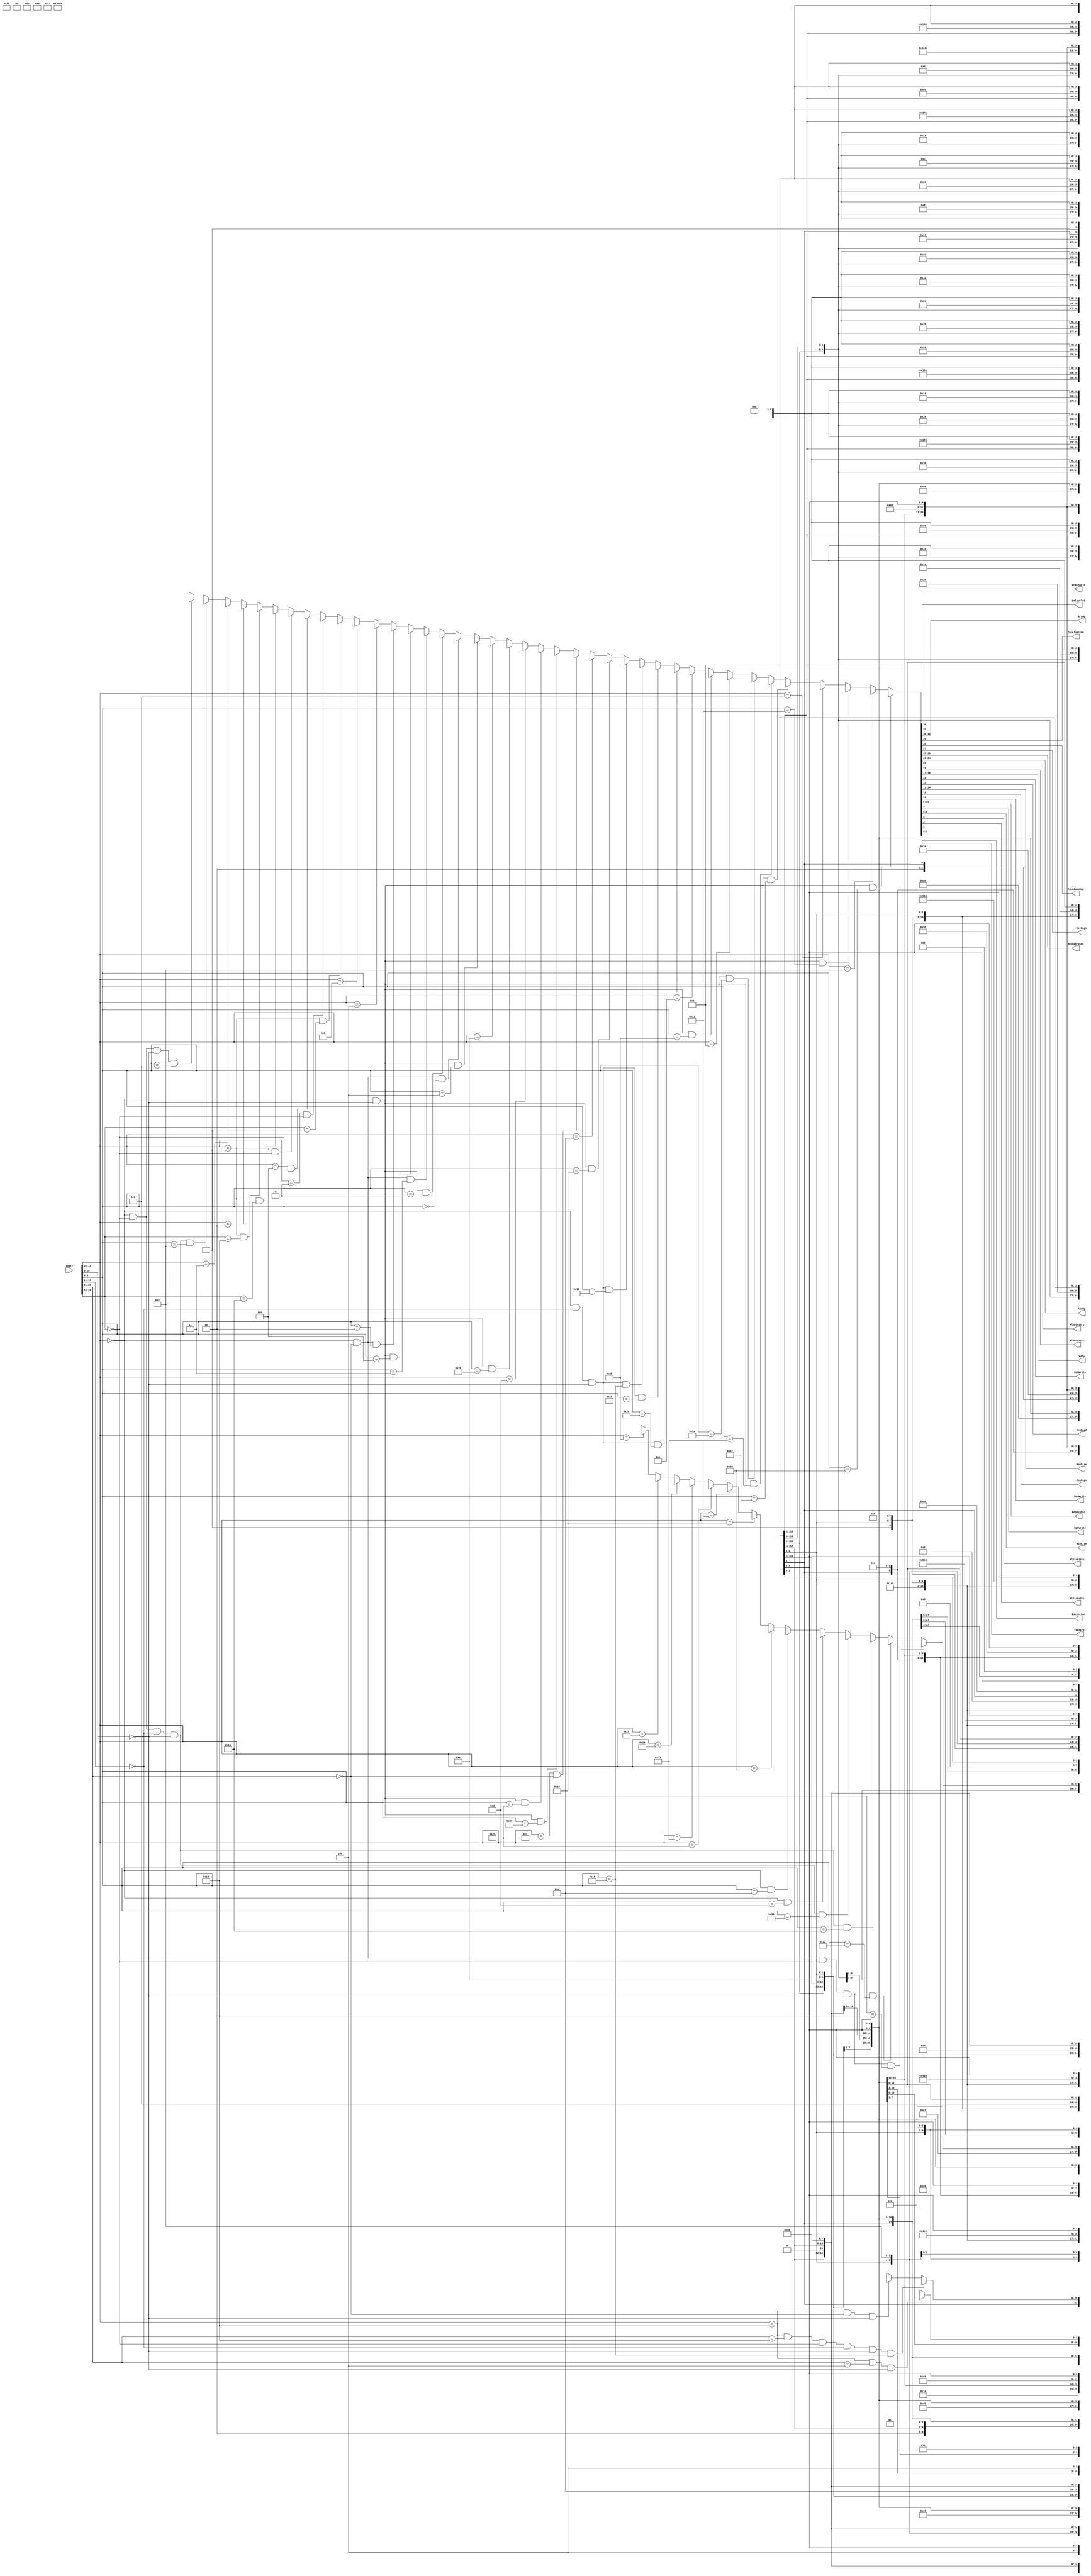
// This file is automatically generated by Script.py.

module Control(
    input  [31:0] instr,
    output        DelaySlot,
    output        BraEnable,
    output [ 2:0] BraOp,
    output        TakeJumpImm,
    output        TakeJumpReg,
    output        ExtSign,
    output [ 1:0] RegAddr3Src,
    output [ 3:0] AluOp,
    output        AluDin1Src,
    output        AluDin2Src,
    output [ 1:0] MdOp,
    output        MemWrite,
    output        MemRead,
    output [ 1:0] MemSize,
    output        MemSign,
    output        RegWrite,
    output [ 2:0] RegDinSrc,
    output        Cp0Write,
    output [ 1:0] HlWrite,
    output        HlDinHiSrc,
    output        HlDinLoSrc,
    output        TakeEret,
    output [ 1:0] Exception
);
    assign {DelaySlot, BraEnable, BraOp, TakeJumpImm, TakeJumpReg, ExtSign, RegAddr3Src, AluOp, AluDin1Src, AluDin2Src, MdOp, MemWrite, MemRead, MemSize, MemSign, RegWrite, RegDinSrc, Cp0Write, HlWrite, HlDinHiSrc, HlDinLoSrc, TakeEret, Exception} =
        instr[31:26] == 6'b000000                                                                                     && instr[10:6] == 5'b00000 && instr[5:0] == 6'b100000 ? 35'b0_0_XXX_0_0_X_00_0000_0_0_XX_0_0_XX_X_1_000_0_00_X_X_0_00 : // add
        instr[31:26] == 6'b001000                                                                                                                                           ? 35'b0_0_XXX_0_0_1_01_0000_0_1_XX_0_0_XX_X_1_000_0_00_X_X_0_00 : // addi
        instr[31:26] == 6'b000000                                                                                     && instr[10:6] == 5'b00000 && instr[5:0] == 6'b100001 ? 35'b0_0_XXX_0_0_X_00_0001_0_0_XX_0_0_XX_X_1_000_0_00_X_X_0_00 : // addu
        instr[31:26] == 6'b001001                                                                                                                                           ? 35'b0_0_XXX_0_0_1_01_0001_0_1_XX_0_0_XX_X_1_000_0_00_X_X_0_00 : // addiu
        instr[31:26] == 6'b000000                                                                                     && instr[10:6] == 5'b00000 && instr[5:0] == 6'b100010 ? 35'b0_0_XXX_0_0_X_00_0010_0_0_XX_0_0_XX_X_1_000_0_00_X_X_0_00 : // sub
        instr[31:26] == 6'b000000                                                                                     && instr[10:6] == 5'b00000 && instr[5:0] == 6'b100011 ? 35'b0_0_XXX_0_0_X_00_0011_0_0_XX_0_0_XX_X_1_000_0_00_X_X_0_00 : // subu
        instr[31:26] == 6'b000000                                                                                     && instr[10:6] == 5'b00000 && instr[5:0] == 6'b101010 ? 35'b0_0_XXX_0_0_X_00_0100_0_0_XX_0_0_XX_X_1_000_0_00_X_X_0_00 : // slt
        instr[31:26] == 6'b001010                                                                                                                                           ? 35'b0_0_XXX_0_0_1_01_0100_0_1_XX_0_0_XX_X_1_000_0_00_X_X_0_00 : // slti
        instr[31:26] == 6'b000000                                                                                     && instr[10:6] == 5'b00000 && instr[5:0] == 6'b101011 ? 35'b0_0_XXX_0_0_X_00_0101_0_0_XX_0_0_XX_X_1_000_0_00_X_X_0_00 : // sltu
        instr[31:26] == 6'b001011                                                                                                                                           ? 35'b0_0_XXX_0_0_1_01_0101_0_1_XX_0_0_XX_X_1_000_0_00_X_X_0_00 : // sltiu
        instr[31:26] == 6'b000000                                                         && instr[15:11] == 5'b00000 && instr[10:6] == 5'b00000 && instr[5:0] == 6'b011010 ? 35'b0_0_XXX_0_0_X_XX_1110_X_X_00_0_0_XX_X_0_XXX_0_11_0_0_0_00 : // div
        instr[31:26] == 6'b000000                                                         && instr[15:11] == 5'b00000 && instr[10:6] == 5'b00000 && instr[5:0] == 6'b011011 ? 35'b0_0_XXX_0_0_X_XX_1110_X_X_01_0_0_XX_X_0_XXX_0_11_0_0_0_00 : // divu
        instr[31:26] == 6'b000000                                                         && instr[15:11] == 5'b00000 && instr[10:6] == 5'b00000 && instr[5:0] == 6'b011000 ? 35'b0_0_XXX_0_0_X_XX_1110_X_X_10_0_0_XX_X_0_XXX_0_11_0_0_0_00 : // mult
        instr[31:26] == 6'b000000                                                         && instr[15:11] == 5'b00000 && instr[10:6] == 5'b00000 && instr[5:0] == 6'b011001 ? 35'b0_0_XXX_0_0_X_XX_1110_X_X_11_0_0_XX_X_0_XXX_0_11_0_0_0_00 : // multu
        instr[31:26] == 6'b000000                                                                                     && instr[10:6] == 5'b00000 && instr[5:0] == 6'b100100 ? 35'b0_0_XXX_0_0_X_00_0110_0_0_XX_0_0_XX_X_1_000_0_00_X_X_0_00 : // and
        instr[31:26] == 6'b001100                                                                                                                                           ? 35'b0_0_XXX_0_0_0_01_0110_0_1_XX_0_0_XX_X_1_000_0_00_X_X_0_00 : // andi
        instr[31:26] == 6'b001111 && instr[25:21] == 5'b00000                                                                                                               ? 35'b0_0_XXX_0_0_X_01_0111_X_1_XX_0_0_XX_X_1_000_0_00_X_X_0_00 : // lui
        instr[31:26] == 6'b000000                                                                                     && instr[10:6] == 5'b00000 && instr[5:0] == 6'b100111 ? 35'b0_0_XXX_0_0_X_00_1000_0_0_XX_0_0_XX_X_1_000_0_00_X_X_0_00 : // nor
        instr[31:26] == 6'b000000                                                                                     && instr[10:6] == 5'b00000 && instr[5:0] == 6'b100101 ? 35'b0_0_XXX_0_0_X_00_1001_0_0_XX_0_0_XX_X_1_000_0_00_X_X_0_00 : // or
        instr[31:26] == 6'b001101                                                                                                                                           ? 35'b0_0_XXX_0_0_0_01_1001_0_1_XX_0_0_XX_X_1_000_0_00_X_X_0_00 : // ori
        instr[31:26] == 6'b000000                                                                                     && instr[10:6] == 5'b00000 && instr[5:0] == 6'b100110 ? 35'b0_0_XXX_0_0_X_00_1010_0_0_XX_0_0_XX_X_1_000_0_00_X_X_0_00 : // xor
        instr[31:26] == 6'b001110                                                                                                                                           ? 35'b0_0_XXX_0_0_0_01_1010_0_1_XX_0_0_XX_X_1_000_0_00_X_X_0_00 : // xori
        instr[31:26] == 6'b000000                                                                                     && instr[10:6] == 5'b00000 && instr[5:0] == 6'b000100 ? 35'b0_0_XXX_0_0_X_00_1011_0_0_XX_0_0_XX_X_1_000_0_00_X_X_0_00 : // sllv
        instr[31:26] == 6'b000000 && instr[25:21] == 5'b00000                                                                                    && instr[5:0] == 6'b000000 ? 35'b0_0_XXX_0_0_X_00_1011_1_0_XX_0_0_XX_X_1_000_0_00_X_X_0_00 : // sll
        instr[31:26] == 6'b000000                                                                                     && instr[10:6] == 5'b00000 && instr[5:0] == 6'b000111 ? 35'b0_0_XXX_0_0_X_00_1100_0_0_XX_0_0_XX_X_1_000_0_00_X_X_0_00 : // srav
        instr[31:26] == 6'b000000 && instr[25:21] == 5'b00000                                                                                    && instr[5:0] == 6'b000011 ? 35'b0_0_XXX_0_0_X_00_1100_1_0_XX_0_0_XX_X_1_000_0_00_X_X_0_00 : // sra
        instr[31:26] == 6'b000000                                                                                     && instr[10:6] == 5'b00000 && instr[5:0] == 6'b000110 ? 35'b0_0_XXX_0_0_X_00_1101_0_0_XX_0_0_XX_X_1_000_0_00_X_X_0_00 : // srlv
        instr[31:26] == 6'b000000 && instr[25:21] == 5'b00000                                                                                    && instr[5:0] == 6'b000010 ? 35'b0_0_XXX_0_0_X_00_1101_1_0_XX_0_0_XX_X_1_000_0_00_X_X_0_00 : // srl
        instr[31:26] == 6'b000100                                                                                                                                           ? 35'b1_1_000_0_0_1_XX_1110_X_X_XX_0_0_XX_X_0_XXX_0_00_X_X_0_00 : // beq
        instr[31:26] == 6'b000101                                                                                                                                           ? 35'b1_1_001_0_0_1_XX_1110_X_X_XX_0_0_XX_X_0_XXX_0_00_X_X_0_00 : // bne
        instr[31:26] == 6'b000001                             && instr[20:16] == 5'b00001                                                                                   ? 35'b1_1_010_0_0_1_XX_1110_X_X_XX_0_0_XX_X_0_XXX_0_00_X_X_0_00 : // bgez
        instr[31:26] == 6'b000111                             && instr[20:16] == 5'b00000                                                                                   ? 35'b1_1_011_0_0_1_XX_1110_X_X_XX_0_0_XX_X_0_XXX_0_00_X_X_0_00 : // bgtz
        instr[31:26] == 6'b000110                             && instr[20:16] == 5'b00000                                                                                   ? 35'b1_1_100_0_0_1_XX_1110_X_X_XX_0_0_XX_X_0_XXX_0_00_X_X_0_00 : // blez
        instr[31:26] == 6'b000001                             && instr[20:16] == 5'b00000                                                                                   ? 35'b1_1_101_0_0_1_XX_1110_X_X_XX_0_0_XX_X_0_XXX_0_00_X_X_0_00 : // bltz
        instr[31:26] == 6'b000001                             && instr[20:16] == 5'b10001                                                                                   ? 35'b1_1_010_0_0_1_10_1110_X_X_XX_0_0_XX_X_1_001_0_00_X_X_0_00 : // bgezal
        instr[31:26] == 6'b000001                             && instr[20:16] == 5'b10000                                                                                   ? 35'b1_1_101_0_0_1_10_1110_X_X_XX_0_0_XX_X_1_001_0_00_X_X_0_00 : // bltzal
        instr[31:26] == 6'b000010                                                                                                                                           ? 35'b1_0_XXX_1_0_X_XX_1110_X_X_XX_0_0_XX_X_0_XXX_0_00_X_X_0_00 : // j
        instr[31:26] == 6'b000011                                                                                                                                           ? 35'b1_0_XXX_1_0_X_10_1110_X_X_XX_0_0_XX_X_1_001_0_00_X_X_0_00 : // jal
        instr[31:26] == 6'b000000                             && instr[20:16] == 5'b00000 && instr[15:11] == 5'b00000 && instr[10:6] == 5'b00000 && instr[5:0] == 6'b001000 ? 35'b1_0_XXX_0_1_X_XX_1110_X_X_XX_0_0_XX_X_0_XXX_0_00_X_X_0_00 : // jr
        instr[31:26] == 6'b000000                             && instr[20:16] == 5'b00000                             && instr[10:6] == 5'b00000 && instr[5:0] == 6'b001001 ? 35'b1_0_XXX_0_1_X_00_1110_X_X_XX_0_0_XX_X_1_001_0_00_X_X_0_00 : // jalr
        instr[31:26] == 6'b000000 && instr[25:21] == 5'b00000 && instr[20:16] == 5'b00000                             && instr[10:6] == 5'b00000 && instr[5:0] == 6'b010000 ? 35'b0_0_XXX_0_0_X_00_1110_X_X_XX_0_0_XX_X_1_010_0_00_X_X_0_00 : // mfhi
        instr[31:26] == 6'b000000 && instr[25:21] == 5'b00000 && instr[20:16] == 5'b00000                             && instr[10:6] == 5'b00000 && instr[5:0] == 6'b010010 ? 35'b0_0_XXX_0_0_X_00_1110_X_X_XX_0_0_XX_X_1_011_0_00_X_X_0_00 : // mflo
        instr[31:26] == 6'b000000                             && instr[20:16] == 5'b00000 && instr[15:11] == 5'b00000 && instr[10:6] == 5'b00000 && instr[5:0] == 6'b010001 ? 35'b0_0_XXX_0_0_X_XX_1110_X_X_XX_0_0_XX_X_0_XXX_0_10_1_X_0_00 : // mthi
        instr[31:26] == 6'b000000                             && instr[20:16] == 5'b00000 && instr[15:11] == 5'b00000 && instr[10:6] == 5'b00000 && instr[5:0] == 6'b010011 ? 35'b0_0_XXX_0_0_X_XX_1110_X_X_XX_0_0_XX_X_0_XXX_0_01_X_1_0_00 : // mtlo
        instr[31:26] == 6'b000000                                                                                                                && instr[5:0] == 6'b001101 ? 35'b0_0_XXX_0_0_X_XX_1110_X_X_XX_0_0_XX_X_0_XXX_0_00_X_X_0_01 : // break
        instr[31:26] == 6'b000000                                                                                                                && instr[5:0] == 6'b001100 ? 35'b0_0_XXX_0_0_X_XX_1110_X_X_XX_0_0_XX_X_0_XXX_0_00_X_X_0_10 : // syscall
        instr[31:26] == 6'b100000                                                                                                                                           ? 35'b0_0_XXX_0_0_1_01_0001_0_1_XX_0_1_00_1_1_100_0_00_X_X_0_00 : // lb
        instr[31:26] == 6'b100100                                                                                                                                           ? 35'b0_0_XXX_0_0_1_01_0001_0_1_XX_0_1_00_0_1_100_0_00_X_X_0_00 : // lbu
        instr[31:26] == 6'b100001                                                                                                                                           ? 35'b0_0_XXX_0_0_1_01_0001_0_1_XX_0_1_01_1_1_100_0_00_X_X_0_00 : // lh
        instr[31:26] == 6'b100101                                                                                                                                           ? 35'b0_0_XXX_0_0_1_01_0001_0_1_XX_0_1_01_0_1_100_0_00_X_X_0_00 : // lhu
        instr[31:26] == 6'b100011                                                                                                                                           ? 35'b0_0_XXX_0_0_1_01_0001_0_1_XX_0_1_10_X_1_100_0_00_X_X_0_00 : // lw
        instr[31:26] == 6'b101000                                                                                                                                           ? 35'b0_0_XXX_0_0_1_XX_0001_0_1_XX_1_0_00_X_0_XXX_0_00_X_X_0_00 : // sb
        instr[31:26] == 6'b101001                                                                                                                                           ? 35'b0_0_XXX_0_0_1_XX_0001_0_1_XX_1_0_01_X_0_XXX_0_00_X_X_0_00 : // sh
        instr[31:26] == 6'b101011                                                                                                                                           ? 35'b0_0_XXX_0_0_1_XX_0001_0_1_XX_1_0_10_X_0_XXX_0_00_X_X_0_00 : // sw
        instr[31:26] == 6'b010000 && instr[25:21] == 5'b10000 && instr[20:16] == 5'b00000 && instr[15:11] == 5'b00000 && instr[10:6] == 5'b00000 && instr[5:0] == 6'b011000 ? 35'b0_0_XXX_0_0_X_XX_1110_X_X_XX_0_0_XX_X_0_XXX_0_00_X_X_1_00 : // eret
        instr[31:26] == 6'b010000 && instr[25:21] == 5'b00000                                                         && instr[10:6] == 5'b00000                            ? 35'b0_0_XXX_0_0_X_01_1110_X_X_XX_0_0_XX_X_1_101_0_00_X_X_0_00 : // mfc0
        instr[31:26] == 6'b010000 && instr[25:21] == 5'b00100                                                         && instr[10:6] == 5'b00000                            ? 35'b0_0_XXX_0_0_X_XX_1110_X_X_XX_0_0_XX_X_0_XXX_1_00_X_X_0_00 : // mtc0
                                                                                                                                                                              35'b0_0_XXX_0_0_X_XX_1110_X_X_XX_0_0_XX_X_0_XXX_0_00_X_X_0_11 ; // unknown

endmodule